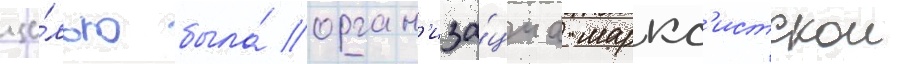
це́лью была́ орган'иза́циа маркс'истскои